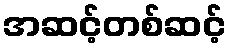
အဆင့်တစ်ဆင့်